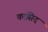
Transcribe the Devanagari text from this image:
कासिद